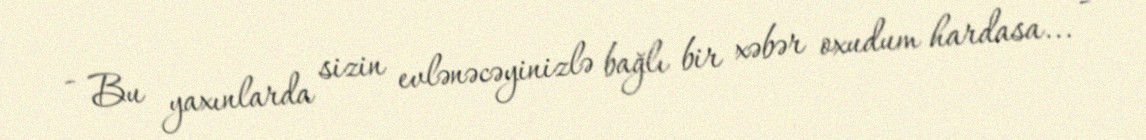
- Bu yaxınlarda sizin evlənəcəyinizlə bağlı bir xəbər oxudum hardasa... -